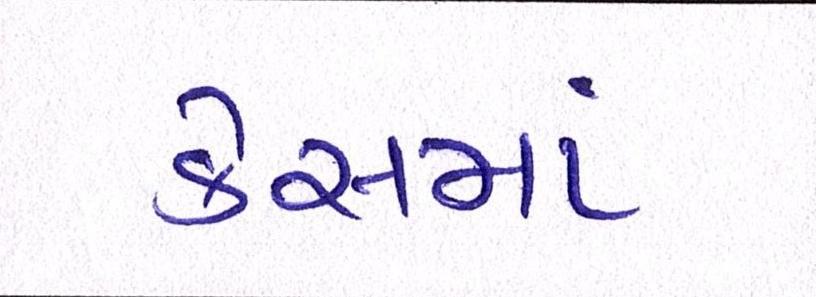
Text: કેસમાં